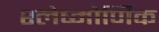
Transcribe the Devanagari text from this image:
श्लेष्मोर्णिक